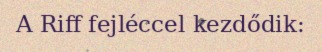
A Riff fejléccel kezdődik: